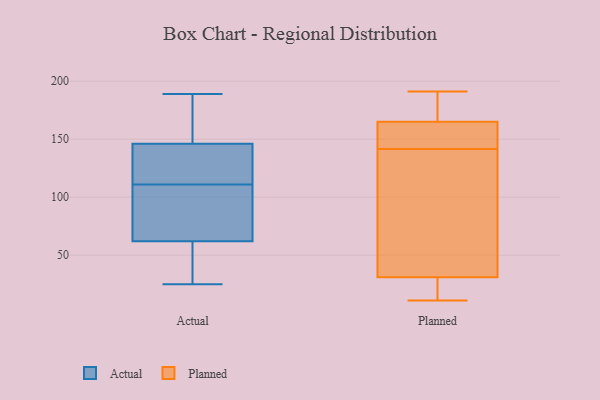
{"axis": {"x": "Bounce Rate (%)", "y": "Value"}, "legend": ["Actual", "Planned"], "data": [{"x": "", "y": 175, "type": "Actual"}, {"x": "", "y": 150, "type": "Actual"}, {"x": "", "y": 189, "type": "Actual"}, {"x": "", "y": 86, "type": "Actual"}, {"x": "", "y": 38, "type": "Actual"}, {"x": "", "y": 96, "type": "Actual"}, {"x": "", "y": 118, "type": "Actual"}, {"x": "", "y": 142, "type": "Actual"}, {"x": "", "y": 107, "type": "Actual"}, {"x": "", "y": 115, "type": "Actual"}, {"x": "", "y": 25, "type": "Actual"}, {"x": "", "y": 33, "type": "Actual"}, {"x": "", "y": 44, "type": "Planned"}, {"x": "", "y": 15, "type": "Planned"}, {"x": "", "y": 151, "type": "Planned"}, {"x": "", "y": 12, "type": "Planned"}, {"x": "", "y": 191, "type": "Planned"}, {"x": "", "y": 156, "type": "Planned"}, {"x": "", "y": 31, "type": "Planned"}, {"x": "", "y": 75, "type": "Planned"}, {"x": "", "y": 141, "type": "Planned"}, {"x": "", "y": 165, "type": "Planned"}, {"x": "", "y": 11, "type": "Planned"}, {"x": "", "y": 178, "type": "Planned"}, {"x": "", "y": 142, "type": "Planned"}, {"x": "", "y": 175, "type": "Planned"}]}